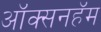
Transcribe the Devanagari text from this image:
ऑक्सनहॅम